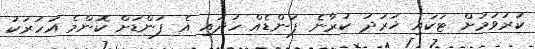
ކުރުވުމަށް ޓަކައި ޚަރަދު ކުރާނެ ފަންޑެއް ހަދައި އެ ފަންޑަށް ކޮންމެ އަހަރަކު